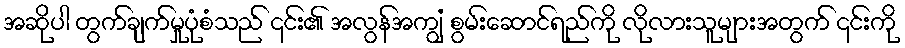
အဆိုပါ တွက်ချက်မှုပုံစံသည် ၎င်း၏ အလွန်အကျွံ စွမ်းဆောင်ရည်ကို လိုလားသူများအတွက် ၎င်းကို